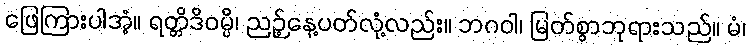
ဖြေကြားပါအံ့။ ရတ္တိဒိဝမ္ပိ၊ ညဉ့်နေ့ပတ်လုံ့လည်း။ ဘဂဝါ၊ မြတ်စွာဘုရားသည်။ မံ၊